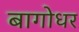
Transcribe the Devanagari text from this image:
बागोधर